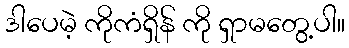
ဒါပေမဲ့ ကိုကံရှိန် ကို ရှာမတွေ့ပါ။